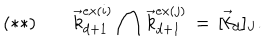
LaTeX: ( * * ) \, \, \, \, \, \, \, \, \, \, \, \, \vec { k } _ { d + 1 } ^ { e x ( i ) } \, \bigcap \, \vec { k } _ { d + 1 } ^ { e x ( j ) } \, = \, [ \vec { k } _ { d } ] _ { J } .